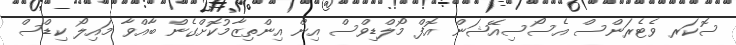
ސޮކަރ ވެޓެރަންސް އެސޯސިއޭޝަން އޮފް މޯލްޑިވްސް އިން އިންތިޒާމުކޮށްގެން ބާއްވާ މައިލޯ ކިޑްސް